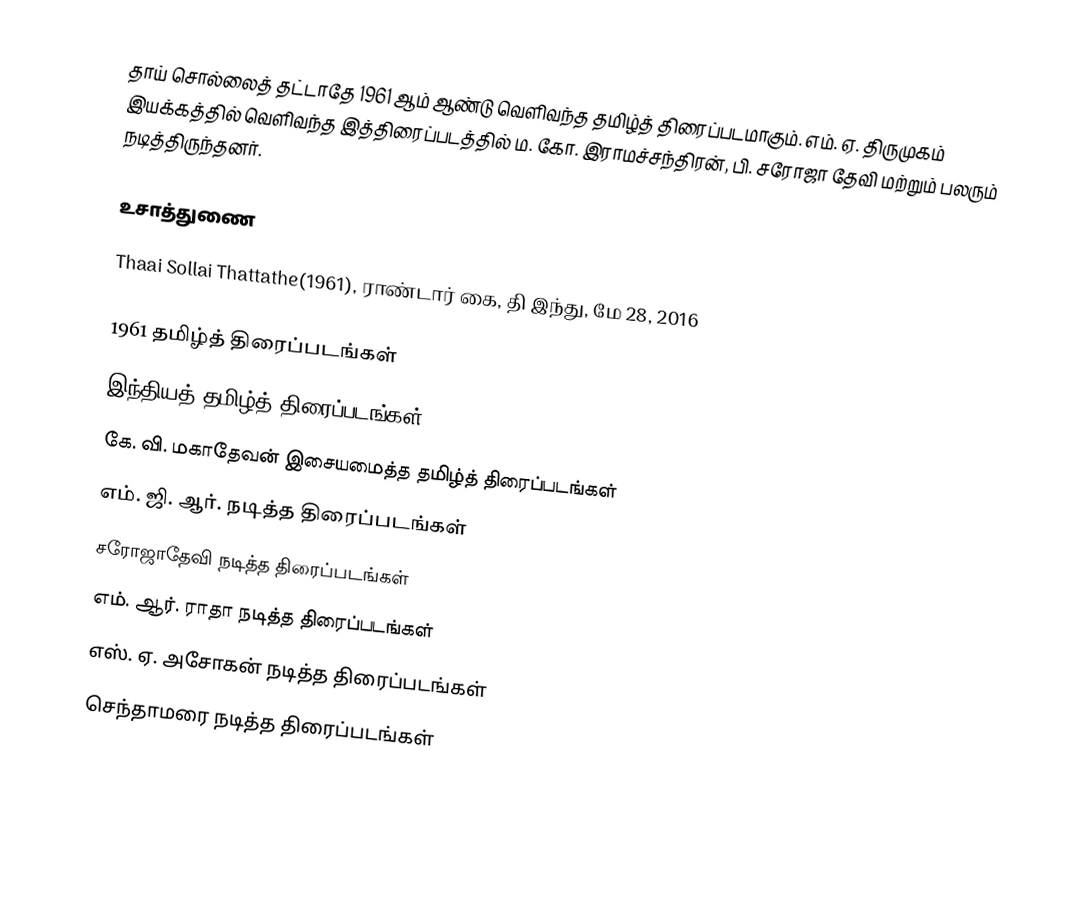
தாய் சொல்லைத் தட்டாதே 1961 ஆம் ஆண்டு வெளிவந்த தமிழ்த் திரைப்படமாகும். எம். ஏ. திருமுகம் இயக்கத்தில் வெளிவந்த இத்திரைப்படத்தில் ம. கோ. இராமச்சந்திரன், பி. சரோஜா தேவி மற்றும் பலரும் நடித்திருந்தனர்.

உசாத்துணை
Thaai Sollai Thattathe(1961), ராண்டார் கை, தி இந்து, மே 28, 2016

1961 தமிழ்த் திரைப்படங்கள்
இந்தியத் தமிழ்த் திரைப்படங்கள்
கே. வி. மகாதேவன் இசையமைத்த தமிழ்த் திரைப்படங்கள்
எம். ஜி. ஆர். நடித்த திரைப்படங்கள்
சரோஜாதேவி நடித்த திரைப்படங்கள்
எம். ஆர். ராதா நடித்த திரைப்படங்கள்
எஸ். ஏ. அசோகன் நடித்த திரைப்படங்கள்
செந்தாமரை நடித்த திரைப்படங்கள்